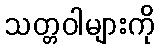
သတ္တဝါများကို